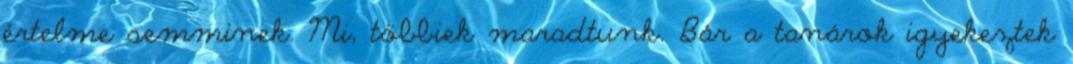
értelme semminek. Mi, többiek maradtunk. Bár a tanárok igyekeztek